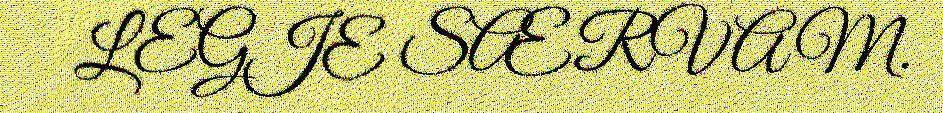
LEGJE SÆRVAM.